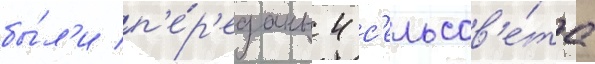
бы́л'и п'е́р'еданы 4 с'ельсов'е́та